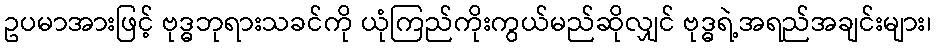
ဥပမာအားဖြင့် ဗုဒ္ဓဘုရားသခင်ကို ယုံကြည်ကိုးကွယ်မည်ဆိုလျှင် ဗုဒ္ဓရဲ့အရည်အချင်းများ၊